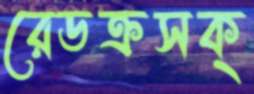
রেডক্রসক্